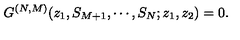
G ^ { ( N , M ) } ( z _ { 1 } , S _ { M + 1 } , \cdots , S _ { N } ; z _ { 1 } , z _ { 2 } ) = 0 .